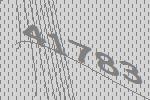
41783